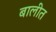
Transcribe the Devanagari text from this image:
बालीत